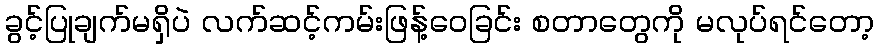
ခွင့်ပြုချက်မရှိပဲ လက်ဆင့်ကမ်းဖြန့်ဝေခြင်း စတာတွေကို မလုပ်ရင်တော့